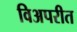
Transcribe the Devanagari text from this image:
विअपरीत